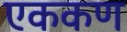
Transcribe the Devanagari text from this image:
एककण